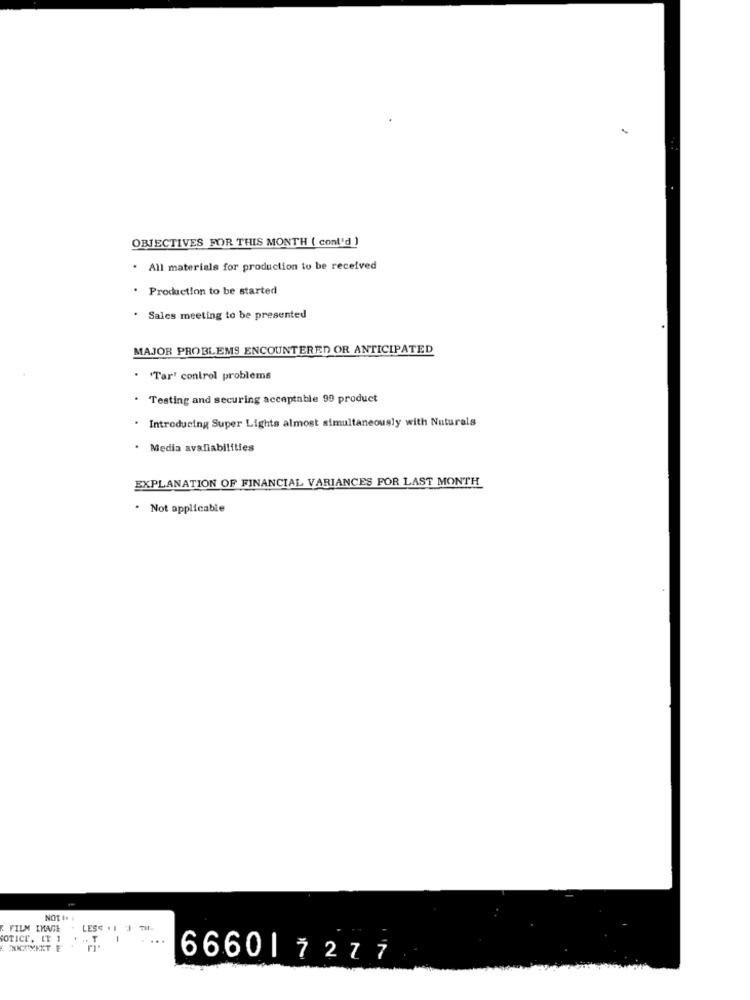
OBJECTIVES FOR THIS MONTH ( cont'd )
. All materials for production to be received
. Production to be started
. Sales meeting to be presented
MAJOR PROBLEMS ENCOUNTERED OR ANTICIPATED
. 'Tar' control problems
. Testing and securing acceptable 99 product
. Introducing Super Lights almost simultaneously with Naturals
. Media avaliabilities
EXPLANATION OF FINANCIAL VARIANCES FOR LAST MONTH
. Not applicable
NOT I :
FILM IMAGE
NOTICE, IT 1
. .. T
...
66601 7277